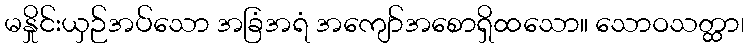
မနှိုင်းယှဉ်အပ်သော အခြံအရံ အကျော်အစောရှိထသော။ သောဝသတ္ထာ၊